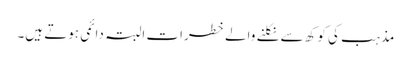
مذہب کی کوکھ سے نکلنے والے خطرات البتہ دائمی ہوتے ہیں۔